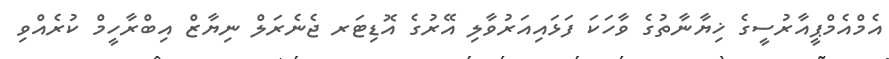
އެމްއެމްޕީއާރުސީގެ ޚިޔާނާތުގެ ވާހަކަ ފަޅައިއަރުވާލި އޭރުގެ އޮޑިޓަރ ޖެނެރަލް ނިޔާޒް އިބްރާހީމް ކުރެއްވި